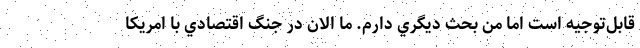
قابل‌توجيه است اما من بحث ديگري دارم. ما الان در جنگ اقتصادي با امريكا